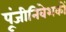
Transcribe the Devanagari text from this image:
पूंजीनिवेशकों